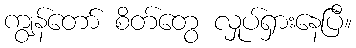
ကျွန်တော် စိတ်တွေ လှုပ်ရှားနေပြီ။